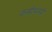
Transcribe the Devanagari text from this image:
कमीशनरी